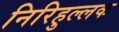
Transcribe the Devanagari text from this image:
निरिहुल्लक